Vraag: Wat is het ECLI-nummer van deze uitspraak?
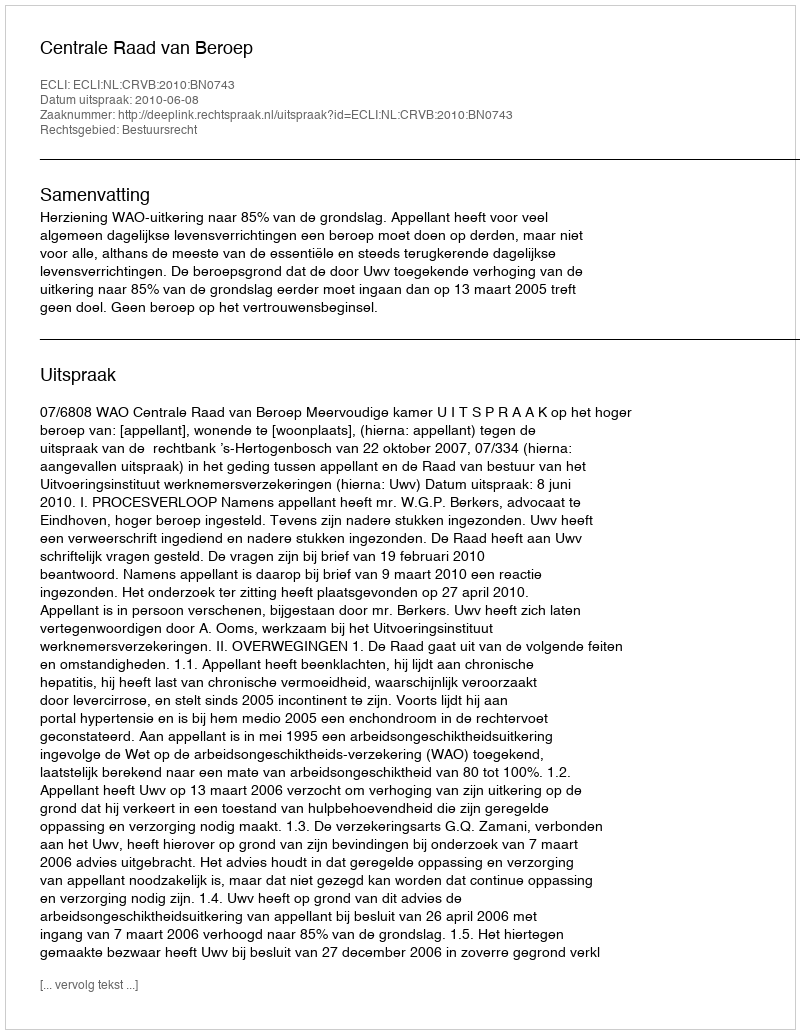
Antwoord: ECLI:NL:CRVB:2010:BN0743